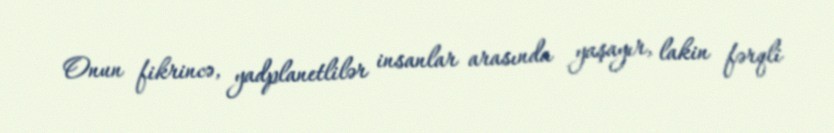
Onun fikrincə, yadplanetlilər insanlar arasında yaşayır, lakin fərqli